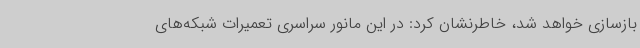
بازسازی خواهد شد، خاطرنشان کرد: در این مانور سراسری تعمیرات شبکه‌های